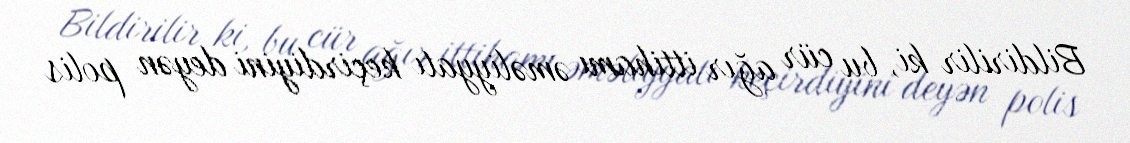
Bildirilir ki, bu cür ağır ittihamı əməliyyatı keçirdiyini deyən polis